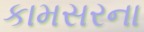
કામસરના